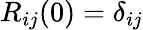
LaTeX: R_{ij}(0)=\delta_{ij}